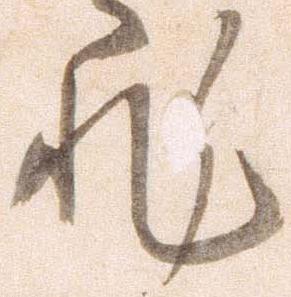
非